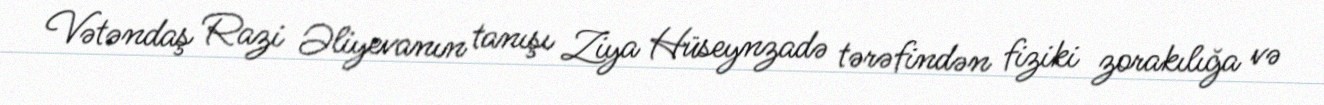
Vətəndaş Razi Əliyevanın tanışı Ziya Hüseynzadə tərəfindən fiziki zorakılığa və